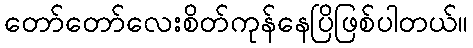
တော်တော်လေးစိတ်ကုန်နေပြိဖြစ်ပါတယ်။